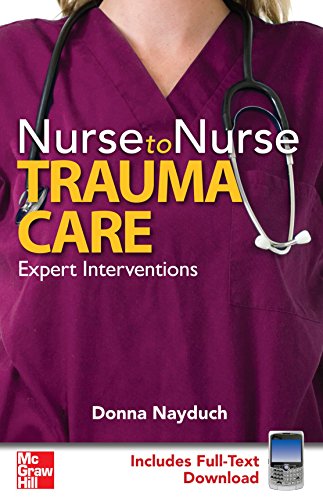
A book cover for Nurse to Nurse Trauma Care; Donna Nayduch; Medical Books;